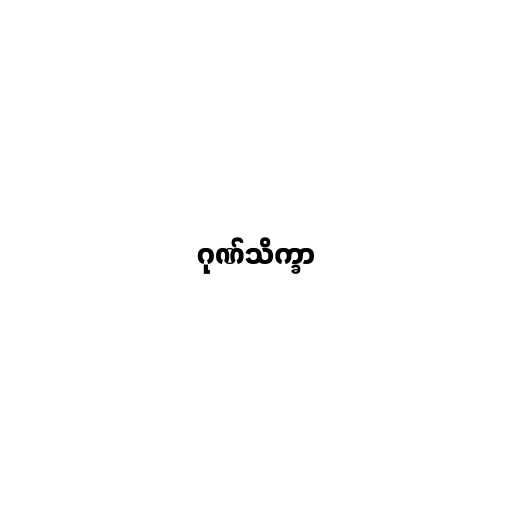
ဂုဏ်သိက္ခာ